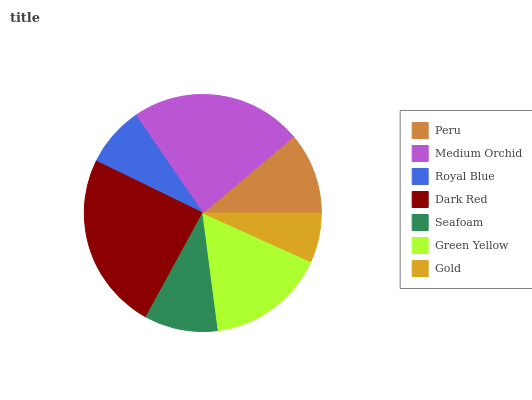
| Peru | Medium Orchid | Royal Blue | Dark Red | Seafoam | Green Yellow | Gold |
 | --- | --- | --- | --- | --- | --- | --- |
 | 11.1% | 23.4% | 8.23% | 24.2% | 10% | 16.2% | 6.74% |